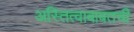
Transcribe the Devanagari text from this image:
अस्तित्वाबाबतची